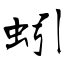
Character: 蚓